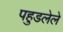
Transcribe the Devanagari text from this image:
पहुडलेले